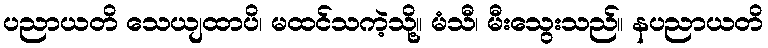
ပညာယတိ သေယျထာပိ၊ မထင်သကဲ့သို့။ မံသီ၊ မီးသွေးသည်။ နပညာယတိ